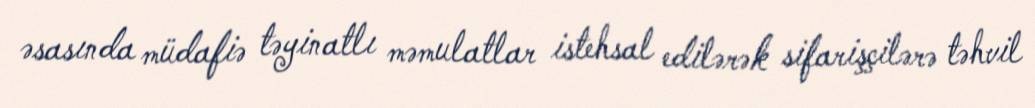
əsasında müdafiə təyinatlı məmulatlar istehsal edilərək sifarişçilərə təhvil